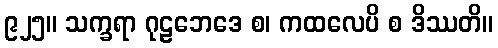
၉၂၅။ သက္ခရာ ဂုဠဘေဒေ စ၊ ကထလေပိ စ ဒိဿတိ။